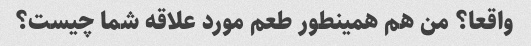
واقعا؟ من هم همینطور طعم مورد علاقه شما چیست؟